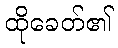
ထိုခေတ်၏